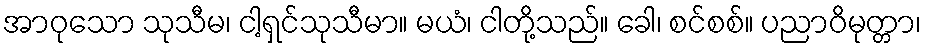
အာဝုသော သုသီမ၊ ငါ့ရှင်သုသီမာ။ မယံ၊ ငါတို့သည်။ ခေါ၊ စင်စစ်။ ပညာဝိမုတ္တာ၊